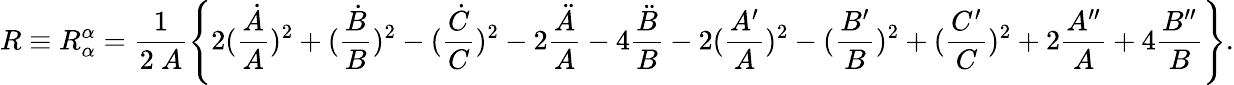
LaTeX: R\equiv R_{\alpha}^{\alpha}=\frac{1}{2~A}\Biggl\{ 2(\frac{\dot{A}}{A})^{2}+(\frac{\dot{B}}{B})^{2}-(\frac{\dot{C}}{C})^{2}-2\frac{\ddot{A}}{A}-4\frac{\ddot{B}}{B}-2(\frac{A^{\prime}}{A})^{2}-(\frac{B^{\prime}}{B})^{2}+(\frac{C^{\prime}}{C})^{2}+2\frac{A^{\prime\prime}}{A}+4\frac{B^{\prime\prime}}{B}\Biggr\} .